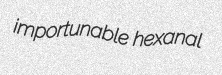
importunable hexanal